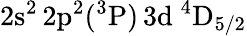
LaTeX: \mathrm{2s^{2}\, 2p^{2}(^{3}P)\, 3d~^{4}D_{5/2}}